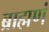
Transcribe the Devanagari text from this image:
ब्राह्मणं